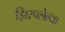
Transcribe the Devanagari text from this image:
झिरपलेल्या